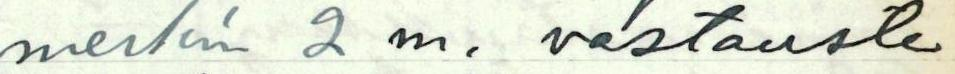
merkin 2 m. vastauste